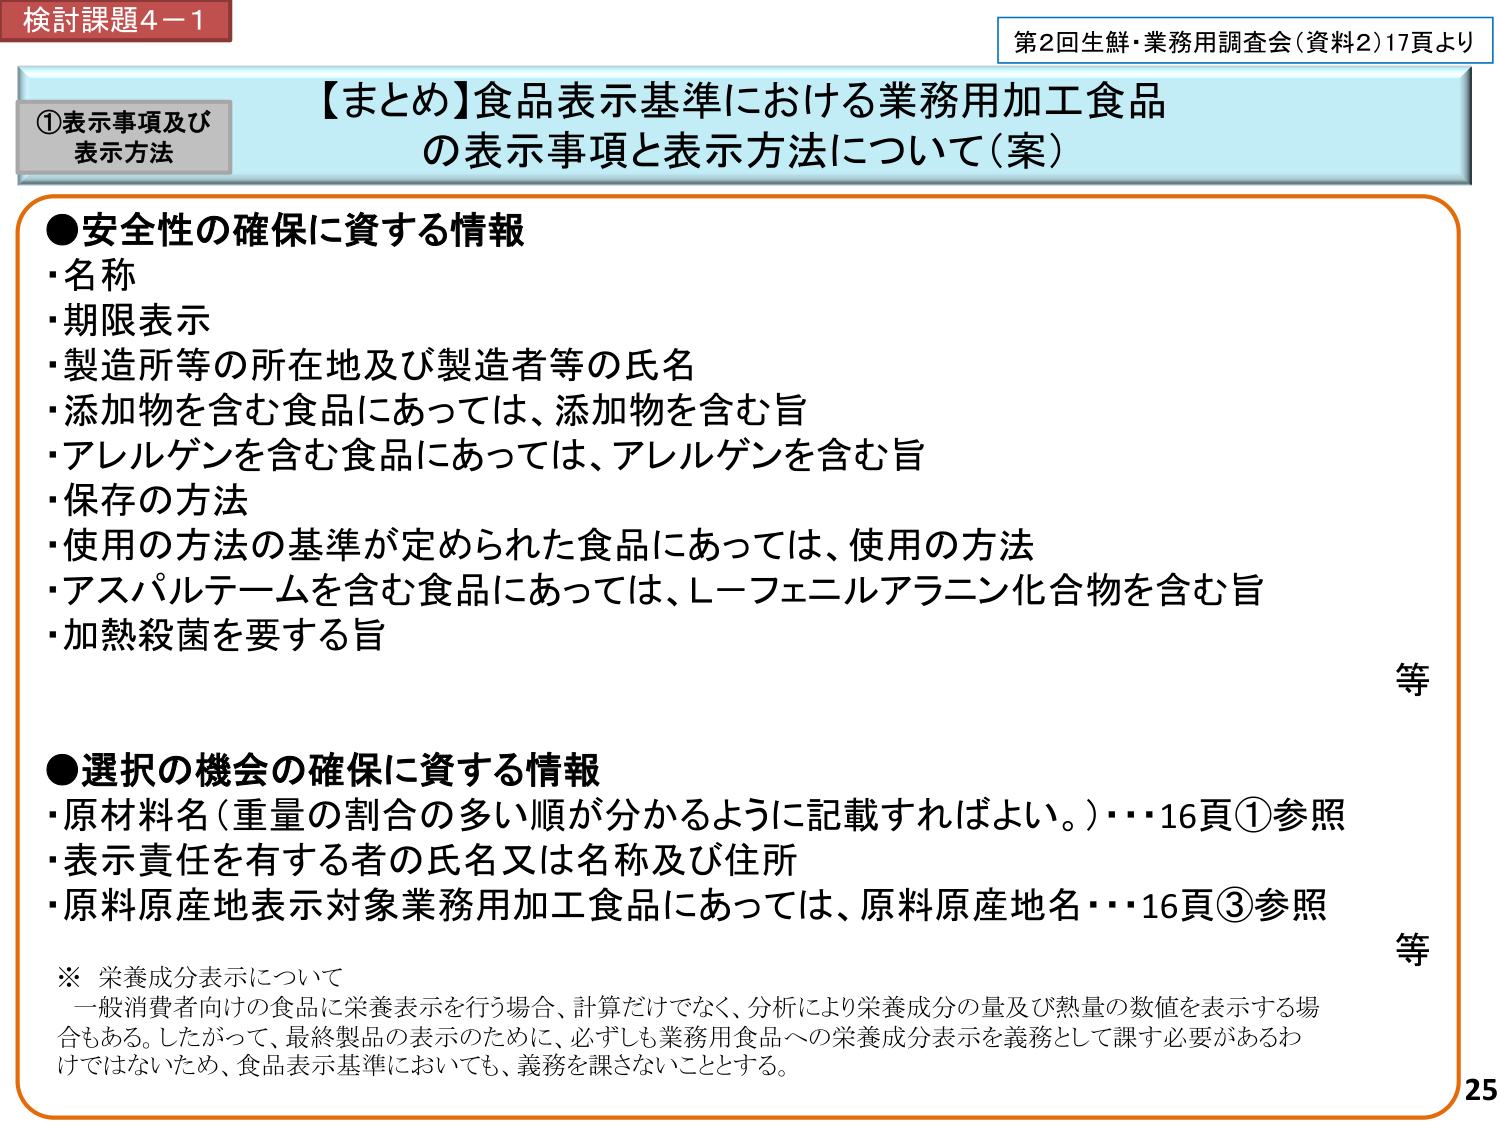
検討課題4－1
第2回生鮮・業務用調査会（資料2）17頁より

【まとめ】食品表示基準における業務用加工食品
の表示事項と表示方法について（案）

①表示事項及び
表示方法

●安全性の確保に資する情報
・名称
・期限表示
・製造所等の所在地及び製造者等の氏名
・添加物を含む食品にあっては、添加物を含む旨
・アレルゲンを含む食品にあっては、アレルゲンを含む旨
・保存の方法
・使用の方法の基準が定められた食品にあっては、使用の方法
・アスパルテームを含む食品にあっては、L－フェニルアラニン化合物を含む旨
・加熱殺菌を要する旨
等

●選択の機会の確保に資する情報
・原材料名（重量の割合の多い順が分かるように記載すればよい。）・・・16頁①参照
・表示責任を有する者の氏名又は名称及び住所
・原料原産地表示対象業務用加工食品にあっては、原料原産地名・・・16頁③参照
等

※ 栄養成分表示について
一般消費者向けの食品に栄養表示を行う場合、計算だけでなく、分析により栄養成分の量及び熱量の数値を表示する場合もある。したがって、最終製品の表示のために、必ずしも業務用食品への栄養成分表示を義務として課す必要があるわけではないため、食品表示基準においても、義務を課さないこととする。

25